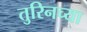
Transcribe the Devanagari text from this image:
तुरिनच्या